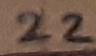
Text: 22